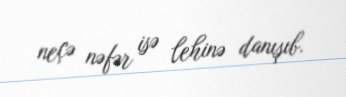
neçə nəfər isə lehinə danışıb.